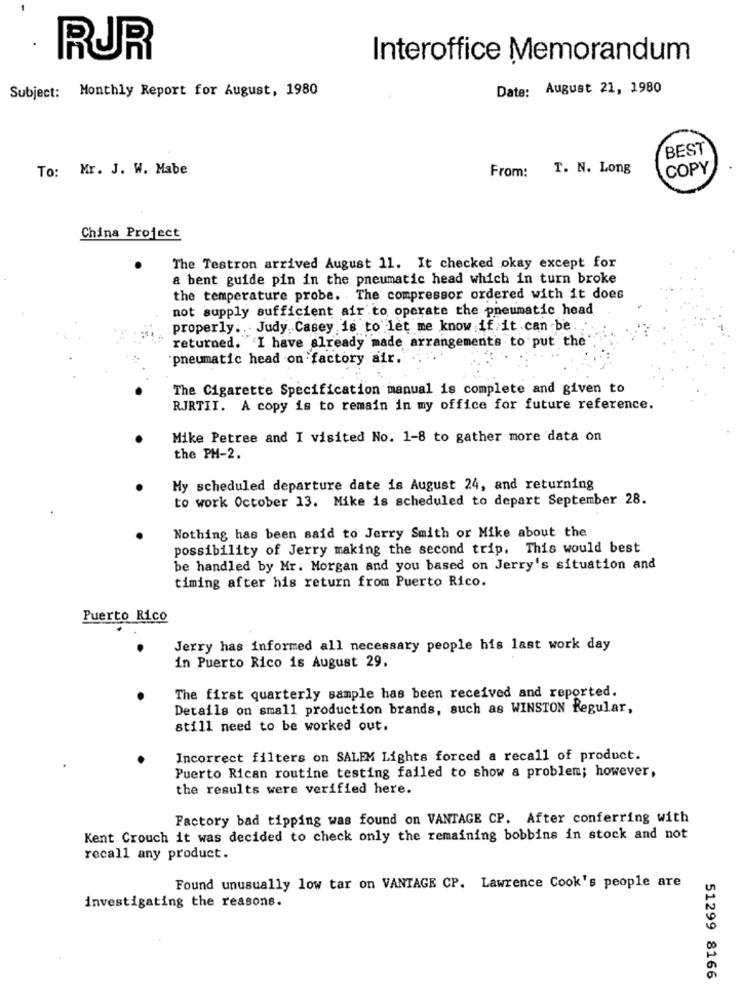
RUR
Interoffice Memorandum
Subject: Monthly Report for August, 1980
Date: August 21, 1980
BEST
To: Mr. J. W. Mabe
From:
T. N. Long
COPY
China Project
The Testron arrived August 11. It checked okay except for
a bent guide pin in the pneumatic head which in turn broke
the temperature probe. The compressor ordered with it does
not supply sufficient air to operate the pneumatic head
properly. . Judy Casey is to let me know if it can be.
returned. 'I have already made arrangements to put the
pneumatic head on factory air.
The Cigarette Specification manual is complete and given to
RJRTII. A copy is to remain in my office for future reference.
Mike Petree and I visited No. 1-8 to gather more data on
the PH-2.
My scheduled departure date is August 24, and returning
to work October 13. Mike is scheduled to depart September 28.
Nothing has been said to Jerry Smith or Mike about the
possibility of Jerry making the second trip. This would best
be handled by Mr. Morgan and you based on Jerry's situation and
timing after his return from Puerto Rico.
Puerto Rico
Jerry has informed all necessary people his last work day
in Puerto Rico is August 29.
The first quarterly sample has been received and reported.
Details on small production brands, such as WINSTON Regular,
still need to be worked out.
Incorrect filters on SALEM Lights forced a recall of product.
Puerto Rican routine testing failed to show a problem; however,
the results were verified here.
Factory bad tipping was found on VANTAGE CP. After conferring with
Kent Crouch it was decided to check only the remaining bobbins in stock and not
recall any product.
Found unusually low tar on VANTAGE CP. Lawrence Cook's people are
investigating the reasons.
51299 8166